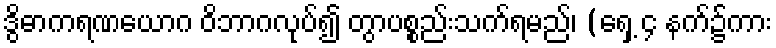
ဒွိဓာကရဏယောဂ ဝိဘာဂလုပ်၍ တွာပစ္စည်းသက်ရမည်၊ (ရှေ့ ၄ နက်၌ကား